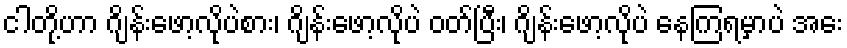
ငါတို့ဟာ ဂျိန်းဖော့လိုပဲစား၊ ဂျိန်းဖော့လိုပဲ ဝတ်ပြီး၊ ဂျိန်းဖော့လိုပဲ နေကြရမှာပဲ အေး